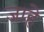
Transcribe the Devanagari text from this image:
जाहे